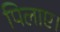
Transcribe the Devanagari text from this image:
पिलाए।